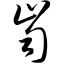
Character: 齿